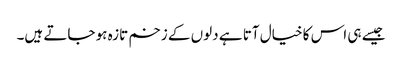
جیسے ہی اس کا خیال آتا ہے دلوں کے زخم تازہ ہو جاتے ہیں۔